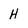
Character: H